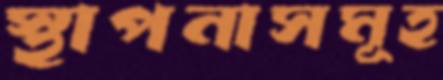
স্থাপনাসমূহ